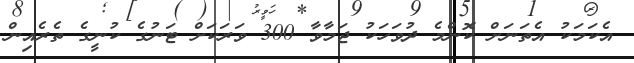
އެކަމަކު އެތަނަށް ކޮންމެ ދުވަހަކު ޖަމާވާ 300 ވަރަކަށް ޓަނުގެ ކުނީގެ ތެރެއިން